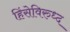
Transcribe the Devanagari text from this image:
हिंसेविरुध्द